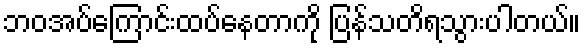
ဘဝအပ်ကြောင်းထပ်နေတာကို ပြန်သတိရသွားပါတယ်။